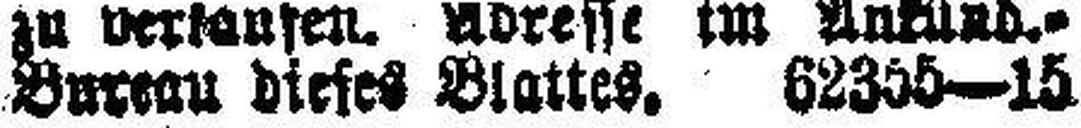
Bureau dieses Blattes. 62355—15